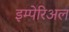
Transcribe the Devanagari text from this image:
इम्पेरिअल